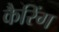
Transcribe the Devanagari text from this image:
कैरिंग